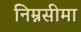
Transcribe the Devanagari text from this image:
निम्नसीमा